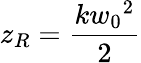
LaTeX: z_{R}=\frac{k{w_{0}}^{2}}{2}